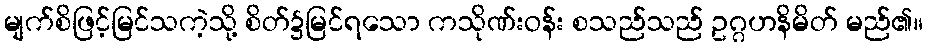
မျက်စိဖြင့်မြင်သကဲ့သို့ စိတ်၌မြင်ရသော ကသိုဏ်းဝန်း စသည်သည် ဥဂ္ဂဟနိမိတ် မည်၏။